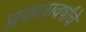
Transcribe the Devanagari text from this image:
प्रकाशवर्षांचे